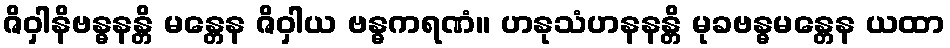
ဇိဝှါနိဗန္ဓနန္တိ မန္တေန ဇိဝှါယ ဗန္ဓကရဏံ။ ဟနုသံဟနနန္တိ မုခဗန္ဓမန္တေန ယထာ